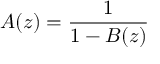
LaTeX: A ( z ) = { \frac { 1 } { 1 - B ( z ) } }